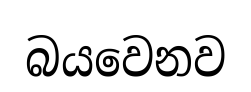
බයවෙනව